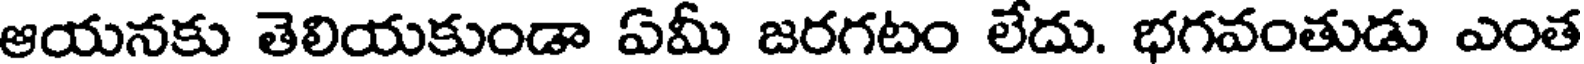
ఆయనకు తెలియకుండా ఏమీ జరగటం లేదు. భగవంతుడు ఎంత